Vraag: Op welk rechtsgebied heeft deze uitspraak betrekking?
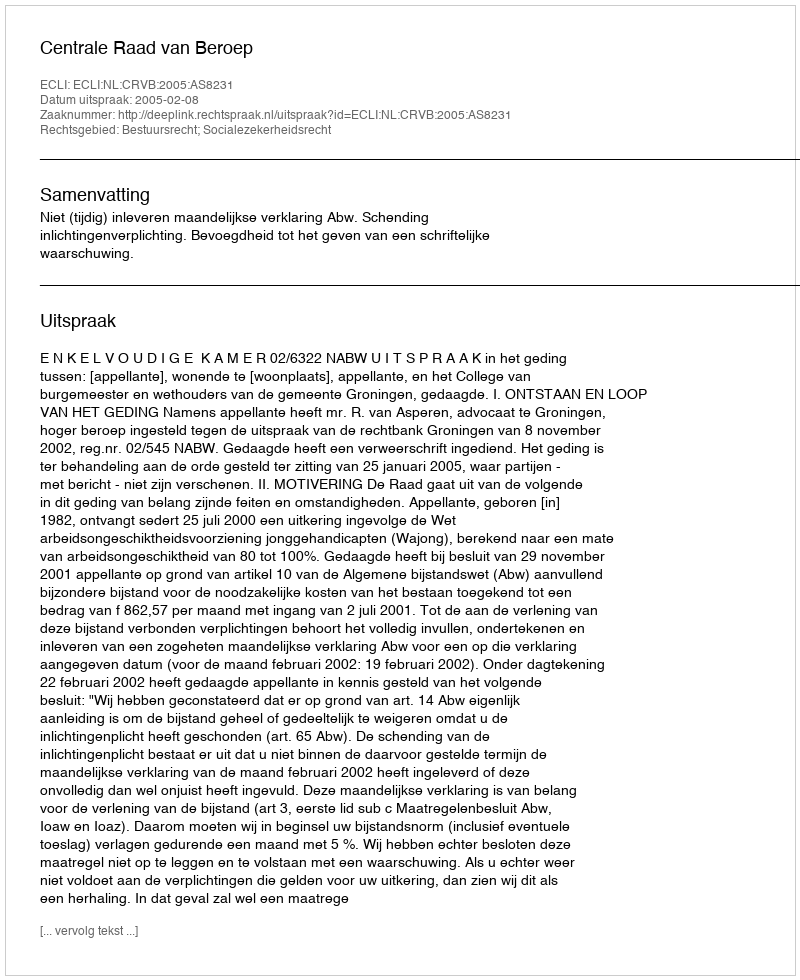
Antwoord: Bestuursrecht; Socialezekerheidsrecht